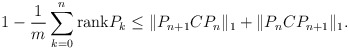
\begin{align*}1-\frac{1}{m}\sum_{k=0}^n{\rm rank}P_k\le \|P_{n+1}CP_n\|_1 + \|P_nCP_{n+1}\|_1.\end{align*}